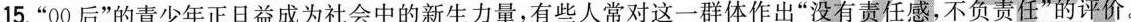
15.“00后”的青少年正日益成为社会中的新生力量，有些人常对这一群体作出”没有责任感，不负责任”的评价。